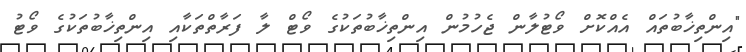
"އިންތިޚާބުތައް އެއްކޮށް ވޯޓުލާން ޖެހުމުން އިންތިޚާބުތަކުގެ ވޯޓް ލާ ފަރާތްތަކާއި އިންތިޚާބުތަކުގެ ވޯޓު